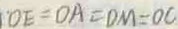
O E = O A = D M = O C